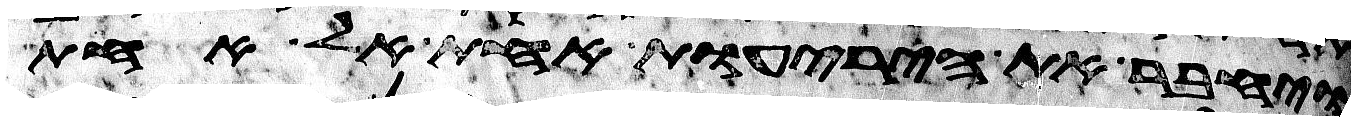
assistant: ויחבר את היריעות אחת אל אחת